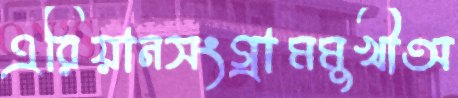
এরিয়ানসংগ্রামমুখীঅ